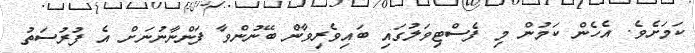
ކަމަށެވެ. އެހެން ކަމުން މި ފެސްޓިވަލުގައި ބައިވެރިވާން ބޭނުންވާ ފަންނާނުނަށް އެ ފުރުސަތު